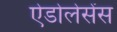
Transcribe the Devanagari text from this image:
ऐडोलेसेंस